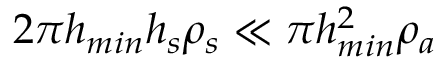
2 \pi h _ { m i n } h _ { s } \rho _ { s } \ll \pi h _ { m i n } ^ { 2 } \rho _ { a }